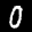
Label: 0